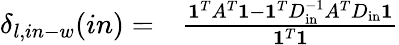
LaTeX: \begin{array}{rl}{\delta_{l,in-w}(in)=}&{{}\frac{\mathbf{1}^{T}A^{T}\mathbf{1}-\mathbf{1}^{T}D_{\mathrm{in}}^{-1}A^{T}D_{\mathrm{in}}\mathbf{1}}{\mathbf{1}^{T}\mathbf{1}}}\end{array}